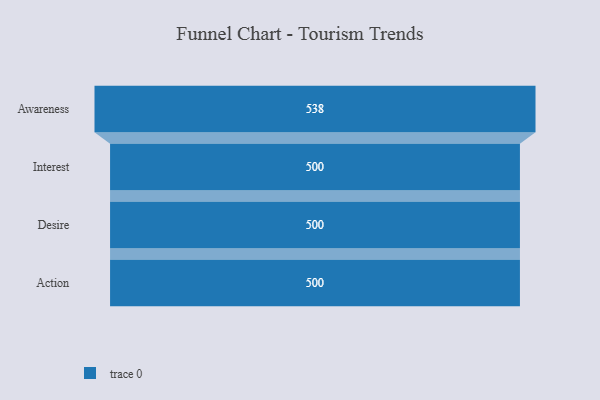
{"axis": {"x": "Stage", "y": "Value"}, "legend": [""], "data": [{"x": "Awareness", "y": 538.0, "type": ""}, {"x": "Interest", "y": 500, "type": ""}, {"x": "Desire", "y": 500, "type": ""}, {"x": "Action", "y": 500, "type": ""}]}